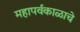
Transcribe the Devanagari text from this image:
महापर्वकाळाचे